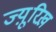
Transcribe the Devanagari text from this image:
ज्यू़रिख़